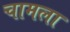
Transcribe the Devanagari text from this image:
चामला